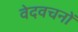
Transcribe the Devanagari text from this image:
वेदवचनों